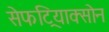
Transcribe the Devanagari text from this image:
सेफट्रियाक्सोन